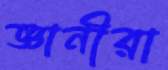
জ্ঞানীরা